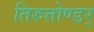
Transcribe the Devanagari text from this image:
तिरुत्तोण्डर्